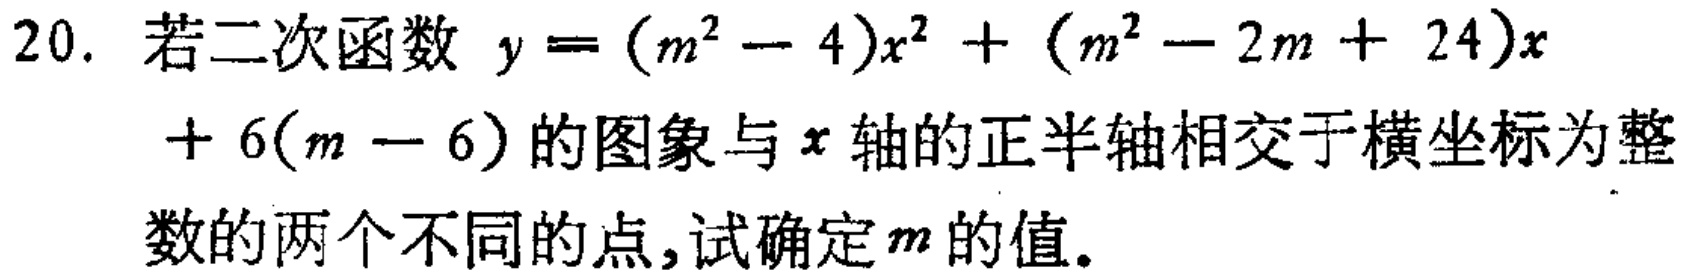
20. 若二次函数 \(y=(m^{2}-4)x^{2}+(m^{2}-2m + 24)x+6(m - 6)\) 的图象与 \(x\) 轴的正半轴相交于横坐标为整数的两个不同的点，试确定 \(m\) 的值。